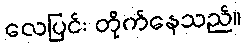
လေပြင်း တိုက်နေသည်။